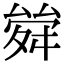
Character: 𠬂